system: You are a helpful assistant.
user:
Analyze the provided spectrum to determine if it is a **"Cataclysmic Variables (CV)"**.

- **Key Indicators for CV (Check for either state):**
    - **State 1: Quiescent / Low-State (Emission-Dominated)**
        - **(Primary):** Strong and *very broad* Hydrogen Balmer emission lines (e.g., $H\alpha$ at 6563 Å, $H\beta$ at 4861 Å). The 'broadness' (high velocity dispersion, often FWHM > 1000 km/s) is the key diagnostic, indicating a high-velocity accretion disk.
        - **(Secondary):** Broad neutral Helium (He I) emission lines (e.g., 5876 Å, 6678 Å).
        - **(Key Confirmation):** Presence of high-excitation *ionized* Helium (He II) emission at 4686 Å. This is a strong indicator of accretion onto a white dwarf.
        - **(Line Profile):** Emission lines may exhibit a 'double-peaked' profile, which is a classic signature of a rotating accretion disk viewed at high inclination.

    - **State 2: Outburst / High-State (Absorption-Dominated)**
        - **(Primary):** Spectrum is dominated by a bright, blue continuum (looks like a hot star).
        - **(Secondary):** The emission lines from State 1 are weak, absent, or 'filled in', and are replaced by broad, shallow *absorption* lines (primarily Balmer and He I).
        - **(Morphology):** The overall spectrum mimics a hot B/A-type star. The crucial difference is that the absorption lines are significantly broader, shallower, and more 'washed-out' (or 'smeared') than the sharp lines of a normal stellar photosphere, due to high rotational speeds and pressure broadening in the disk.

Think first, call **spectral_visualization_tool** if needed to examine features in detail, then provide your final answer. Your response must adhere to the following strict rules:
1.  **Overall Structure:** Your response must follow the format `<think>...</think> <tool_call>...</tool_call> (if a tool is used) <answer>...</answer>`.
2.  **Tool Usage Constraint:** You may only make **one** tool call per turn.
3.  **Final Answer Format:** In the `<answer>` tag, your conclusion must be inside a `\boxed{}` command (e.g., `\boxed{YES}`), followed by your justification.

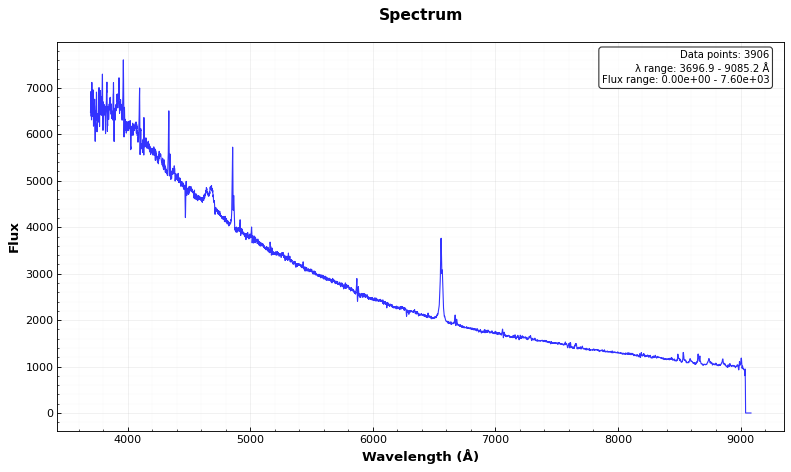
Answer: YES